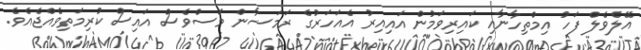
އޭލެވެލް ފަހު އިމްތިހާނާއި ކައިރިވަމުން އައިއިރު އެއަހަރުގެ ރަމަޟާން މަސްވެސް އައިސް ކުރިމަތިވެއްޖެއެވެ.